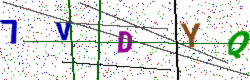
Text: 7VDYQ